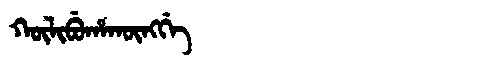
Manchu: ᡴᡡᠯᡳᠪᡠᡥᠠᡴᡡᠩᡤᡝ
Romanization: KŪLIBUHAKŪNGGE